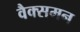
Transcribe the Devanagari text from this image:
वैक्समन